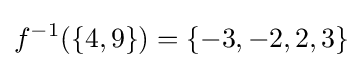
f^{-1}(\{4,9\})=\{-3,-2,2,3\}